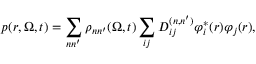
p ( r , \boldsymbol { \Omega } , t ) = \sum _ { n n ^ { \prime } } \rho _ { n n ^ { \prime } } ( \boldsymbol { \Omega } , t ) \sum _ { i j } D _ { i j } ^ { ( n , n ^ { \prime } ) } \varphi _ { i } ^ { * } ( r ) \varphi _ { j } ( r ) ,